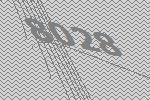
8028